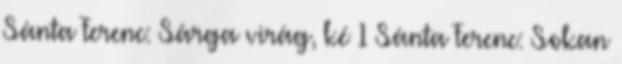
Sánta Ferenc: Sárga virág, ké 1 Sánta Ferenc: Sokan